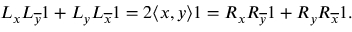
\begin{array} { r } { L _ { x } L _ { \overline { { y } } } 1 + L _ { y } L _ { \overline { { x } } } 1 = 2 \langle x , y \rangle 1 = R _ { x } R _ { \overline { { y } } } 1 + R _ { y } R _ { \overline { { x } } } 1 . } \end{array}